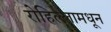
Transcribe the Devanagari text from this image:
रोहिल्लामधून